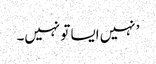
’ نہیں ایسا تو نہیں۔